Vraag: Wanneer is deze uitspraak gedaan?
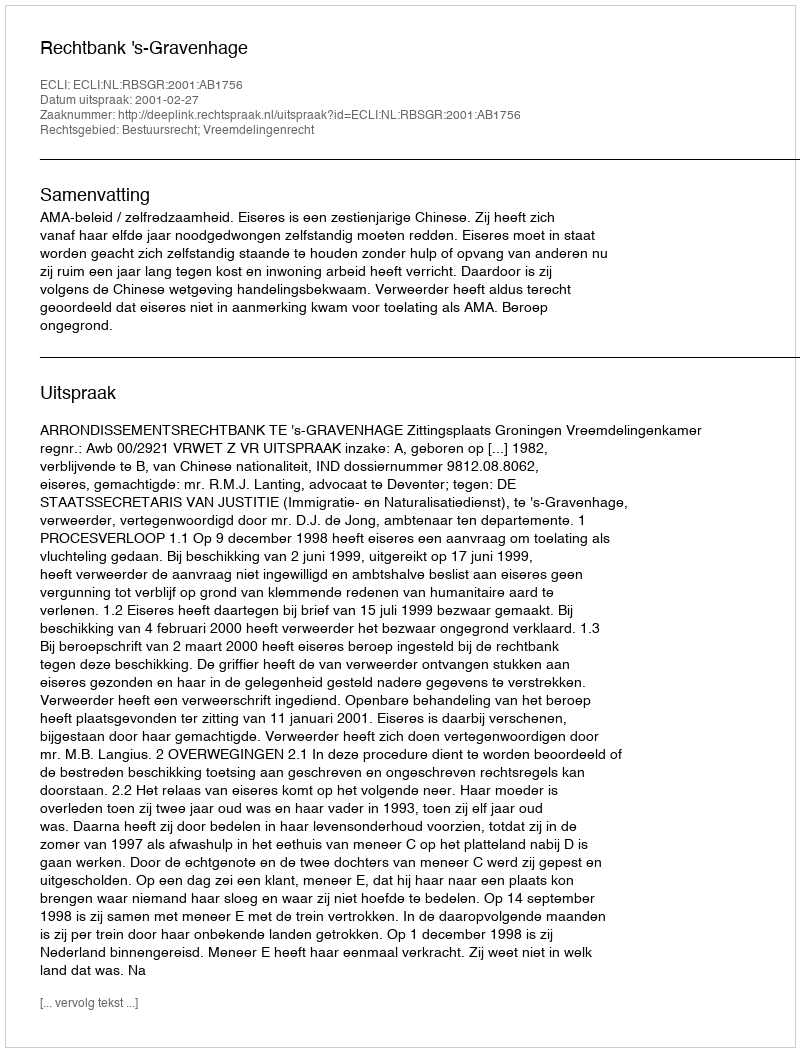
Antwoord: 2001-02-27